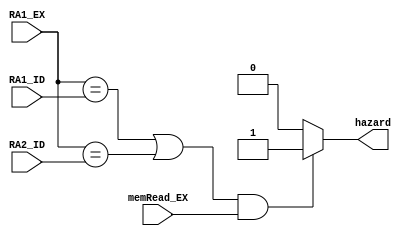
module hazard(RA1_ID,RA2_ID,RA1_EX,memRead_EX,hazard);
	input[3:0] RA1_ID,RA2_ID,RA1_EX;
	input memRead_EX;
	output reg hazard;
	
	always@(*)begin
		if((RA1_EX == RA1_ID || RA1_EX == RA2_ID) && memRead_EX) begin
			hazard = 1;
		end else begin
			hazard = 0;
		end
	end
endmodule